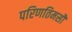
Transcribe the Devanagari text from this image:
परिणतिमसौ